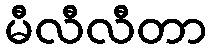
မီလီလီတာ